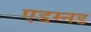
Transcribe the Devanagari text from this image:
एडम्नड